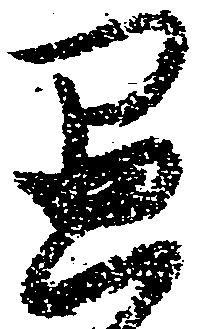
愚